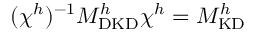
( \chi ^ { h } ) ^ { - 1 } M _ { \mathrm { D K D } } ^ { h } \chi ^ { h } = M _ { \mathrm { K D } } ^ { h }